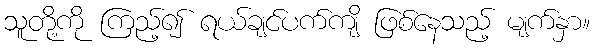
သူတို့ကို ကြည့်၍ ရယ်ချင်ပက်ကျိ ဖြစ်နေသည့် မျက်နှာ။